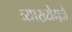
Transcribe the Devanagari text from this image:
व्याख्येमुळे